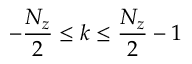
- \frac { N _ { z } } { 2 } \leq k \leq \frac { N _ { z } } { 2 } - 1